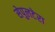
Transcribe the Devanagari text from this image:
सेपुलटेरा